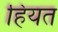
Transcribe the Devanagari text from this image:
हियत